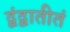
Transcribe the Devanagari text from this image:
द्वंद्वातीतं